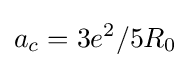
a_{c}=3e^{2}/5R_{0}